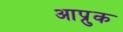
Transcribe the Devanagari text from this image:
आप्रुक